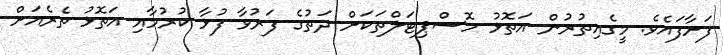
ފަށާފައެވެ. މީގެއިތުރުން އަތޮޅު ހޮސްޕިޓަލްތަކަށް ދަތުގެ ފަރުވާ ފުޅާ ކުރުމާއި އަތޮޅު ތެރެއަށް